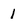
Character: I